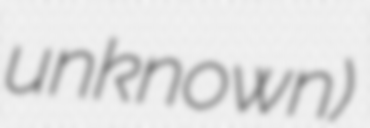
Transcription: unknown)